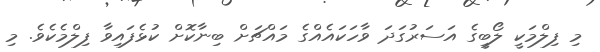
މި ފިލްމަކީ ލޯބީގެ އަސަރުގަދަ ވާހަކައެއްގެ މައްޗަށް ބިނާކޮށް ކުޅެފައިވާ ފިލްމެކެވެ. މި